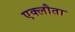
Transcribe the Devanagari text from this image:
एक्लौता